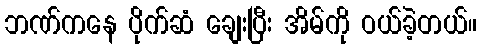
ဘဏ်ကနေ ပိုက်ဆံ ချေးပြီး အိမ်ကို ဝယ်ခဲ့တယ်။